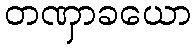
တဏှာခယော